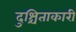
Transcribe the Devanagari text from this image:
दुश्चिंताकारी